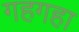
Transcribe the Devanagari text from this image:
गहगहा